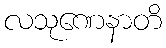
လသုဏေနာတိ